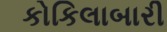
કોકિલાબારી